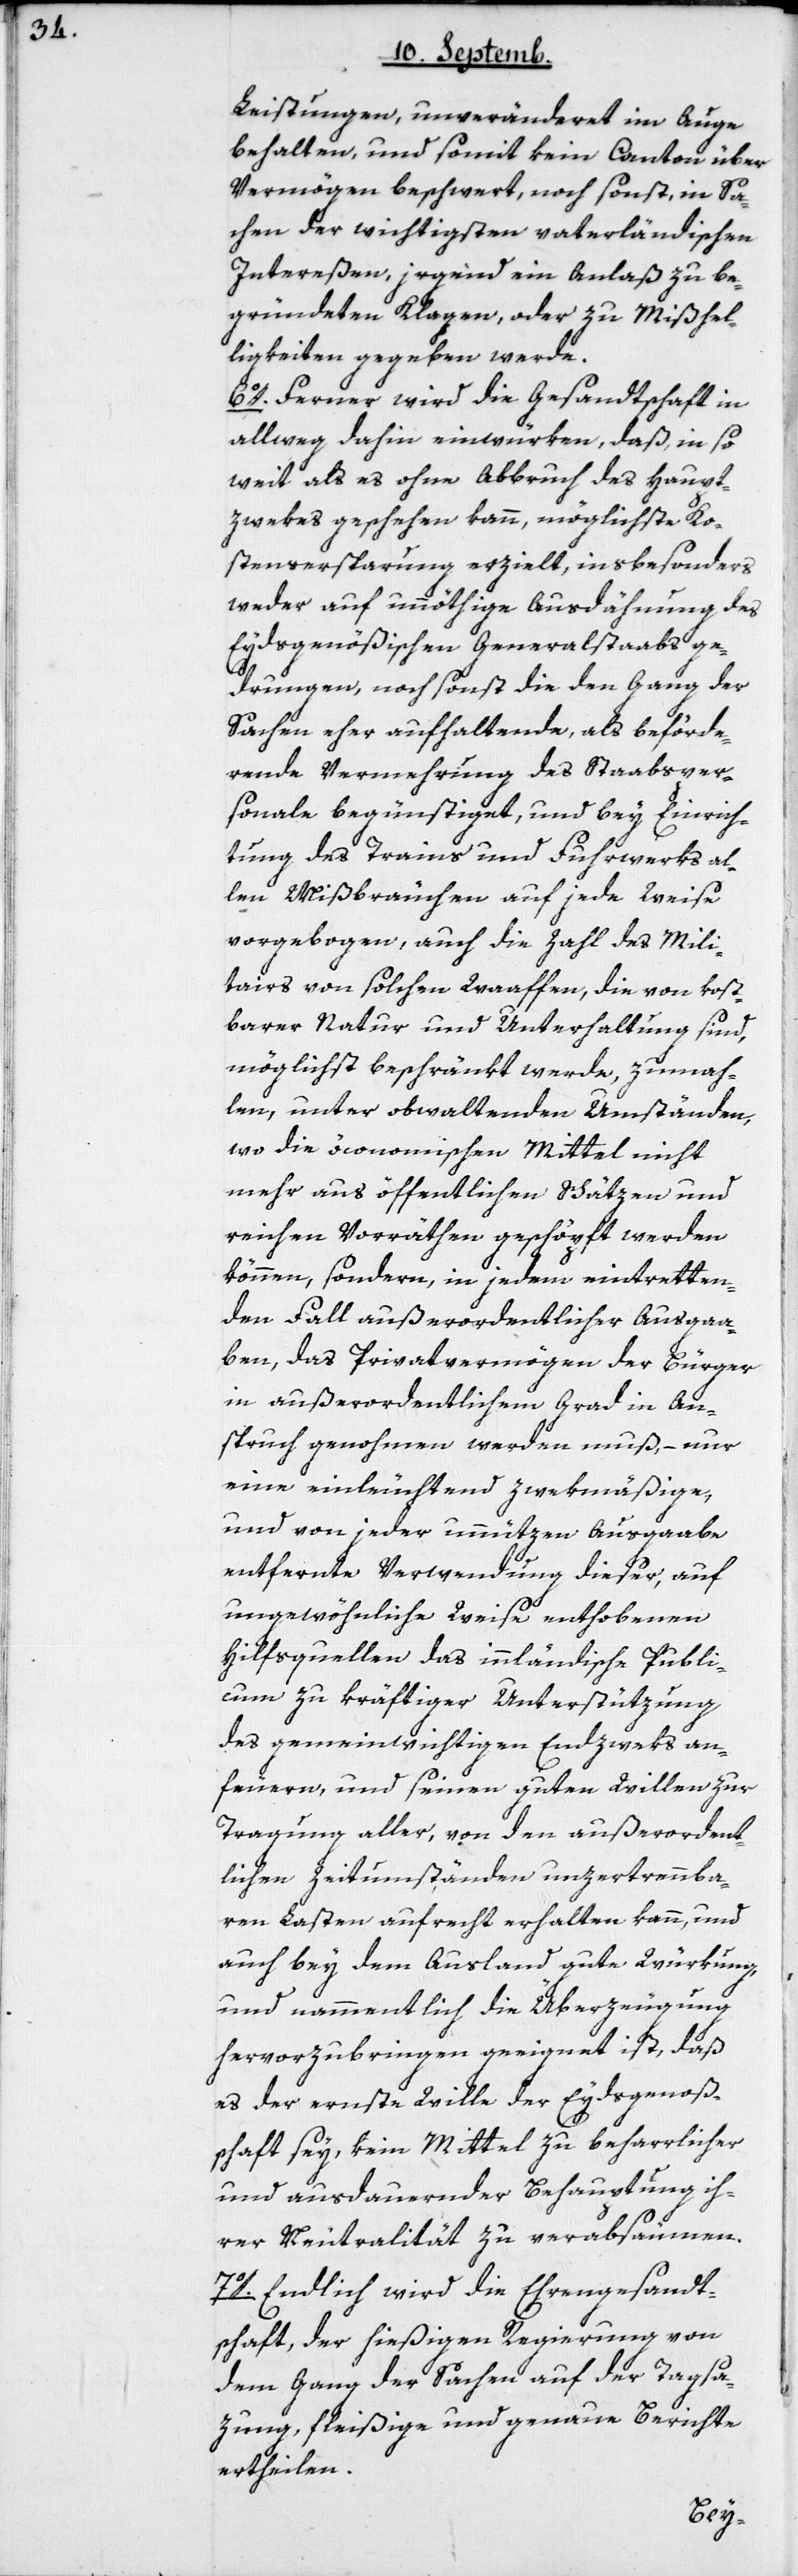
Leistungen, unveränderet im Auge
behalten, und somit kein Canton über
Vermögen beschwert, noch sonst, in Sa¬
chen der wichtigsten vaterländischen
Intereßen, irgend ein Anlaß zu be¬
gründeten Klagen, oder zu Mißhel¬
ligkeiten gegeben werde.
6o. Ferner wird die Gesandtschaft in
allweg dahin einwürken, daß, in so
weit als es ohne Abbruch des Haupt¬
zwekes geschehen kann, möglichste Ko¬
stensersparung erzielt, insbesonders
weder auf unnöthige Ausdähnung des
Eydsgenößischen Generalstaabs ge¬
drungen, noch sonst die den Gang der
Sachen eher aufhaltende, als beförde¬
rnde Vermehrung des Staabsper¬
sonale begünstiget, und bey Einrich¬
tung des Trains und Fuhrwerks al¬
len Mißbräuchen auf jede Weise
vorgebogen, auch die Zahl des Mili¬
tairs von solchen Waaffen, die von kost¬
barer Natur und Unterhaltung sind,
möglichst beschränkt werde, zumah¬
len unter obwaltenden Umständen,
wo die öconomischen Mittel nicht
mehr aus öffentlichen Schätzen und
reichen Vorräthen geschöpft werden
können, sondern in jedem eintretten¬
dem Fall außerordentlicher Ausgaa¬
ben, das Privatvermögen der Bürger
in außerordentlichem Grad in An¬
spruch genohmen werden muß, – nur
eine einleuchtend zwekmäßige,
und von jeder unnützen Ausgaabe
entfernte Verwendung dieser, auf
ungewöhnliche Weise enthobenen
Hilfsquellen das innländische Publi¬
cum zu kräftiger Unterstützung
des gemeinwichtigen Endzweks an¬
feuern, und seinen guten Willen zur
Tragung aller, von den außerordent¬
lichen Zeitumständen unzertrennba¬
ren Lasten aufrecht erhalten kann, und
auch bey dem Ausland gute Würkung
und nammentlich die Überzeugung
hervorzubringen geeignet ist, daß
es der ernste Wille der Eydsgenoßen¬
schaft sey, kein Mittel zu beharrlicher
und ausdauernder Behauptung ih¬
rer Neutralität zu verabsäumen.
7o. Endlich wird die Ehrengesandt¬
schaft der hießigen Regierung von
dem Gang der Sachen auf der Tagsa¬
zung, fleißige und genaue Berichte
ertheilen.